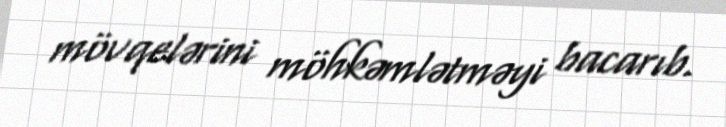
mövqelərini möhkəmlətməyi bacarıb.